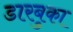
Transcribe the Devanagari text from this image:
डारबुका